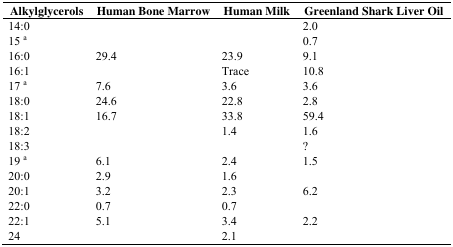
<table><thead><tr><td><b>Alkylglycerols</b></td><td><b>Human Bone Marrow</b></td><td><b>Human Milk</b></td><td><b>Greenland Shark Liver Oil</b></td></tr></thead><tbody><tr><td>14:0</td><td></td><td></td><td>2.0</td></tr><tr><td>15a</td><td></td><td></td><td>0.7</td></tr><tr><td>16:0</td><td>29.4</td><td>23.9</td><td>9.1</td></tr><tr><td>16:1</td><td></td><td>Trace</td><td>10.8</td></tr><tr><td>17a</td><td>7.6</td><td>3.6</td><td>3.6</td></tr><tr><td>18:0</td><td>24.6</td><td>22.8</td><td>2.8</td></tr><tr><td>18:1</td><td>16.7</td><td>33.8</td><td>59.4</td></tr><tr><td>18:2</td><td></td><td>1.4</td><td>1.6</td></tr><tr><td>18:3</td><td></td><td></td><td>?</td></tr><tr><td>19a</td><td>6.1</td><td>2.4</td><td>1.5</td></tr><tr><td>20:0</td><td>2.9</td><td>1.6</td><td></td></tr><tr><td>20:1</td><td>3.2</td><td>2.3</td><td>6.2</td></tr><tr><td>22:0</td><td>0.7</td><td>0.7</td><td></td></tr><tr><td>22:1</td><td>5.1</td><td>3.4</td><td>2.2</td></tr><tr><td>24</td><td></td><td>2.1</td><td></td></tr></tbody></table>